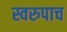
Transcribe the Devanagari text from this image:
स्वरुपाच